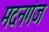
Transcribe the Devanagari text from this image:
मदनगंज